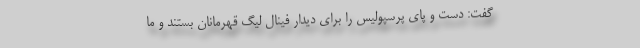
گفت: دست و پای پرسپولیس را برای دیدار فینال لیگ قهرمانان بستند و ما